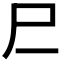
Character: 𰍰